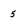
Character: 5